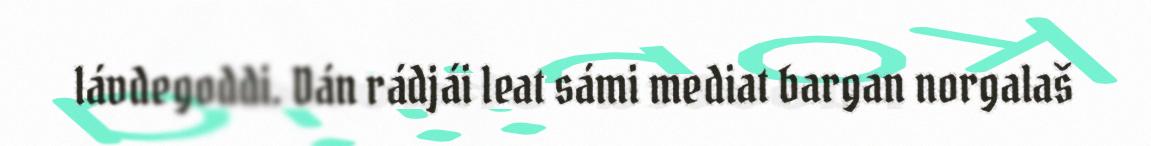
lávdegoddi. Dán rádjái leat sámi mediat bargan norgalaš